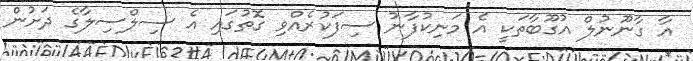
އާ ގާނޫނުލް އުގޫބާތަކީ އެ މަނިކުފާނު ސިފަކުރެއްވި ގޮތުގައި އެ ސިލްސިލާގެ ދަށުން